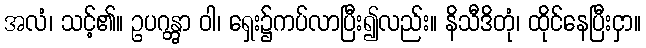
အလံ၊ သင့်၏။ ဥပဂန္တွာ ဝါ၊ ရှေး၌ကပ်လာပြီး၍လည်း။ နိသီဒိတုံ၊ ထိုင်နေပြီးငှာ။